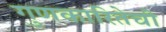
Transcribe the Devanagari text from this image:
गुणकारितेची